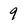
Character: 9